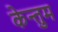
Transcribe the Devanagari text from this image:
केन्तुम